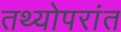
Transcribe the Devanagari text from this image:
तथ्योपरांत